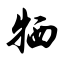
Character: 牺